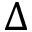
\Delta